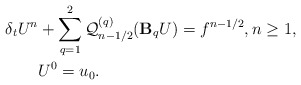
\begin{align*} \delta_t U^n & + \sum\limits_{q=1}^{2}\mathcal{Q}_{n-1/2}^{(q)}(\mathbf{B}_qU) = f^{n-1/2}, n\geq 1, \\ & U^0=u_0. \end{align*}